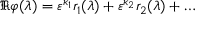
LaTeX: \Re \varphi ( \lambda ) = \varepsilon ^ { \kappa _ { 1 } } r _ { 1 } ( \lambda ) + \varepsilon ^ { \kappa _ { 2 } } r _ { 2 } ( \lambda ) + \ldots